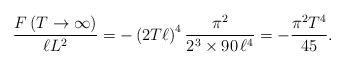
\begin{align*}\frac{F\left(T\to\infty\right)}{\ell L^2}=-\left(2T\ell\right)^4\frac{\pi^2}{2^3\times90\,\ell^4}=-\frac{\pi^2T^4}{45}.\end{align*}